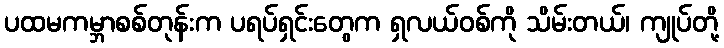
ပထမကမ္ဘာစစ်တုန်းက ပရပ်ရှင်းတွေက ရှလယ်ဝစ်ကို သိမ်းတယ်၊ ကျုပ်တို့